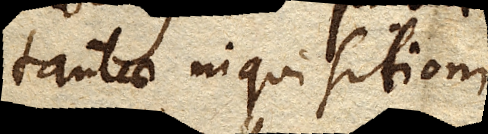
tantae inquisitioni.